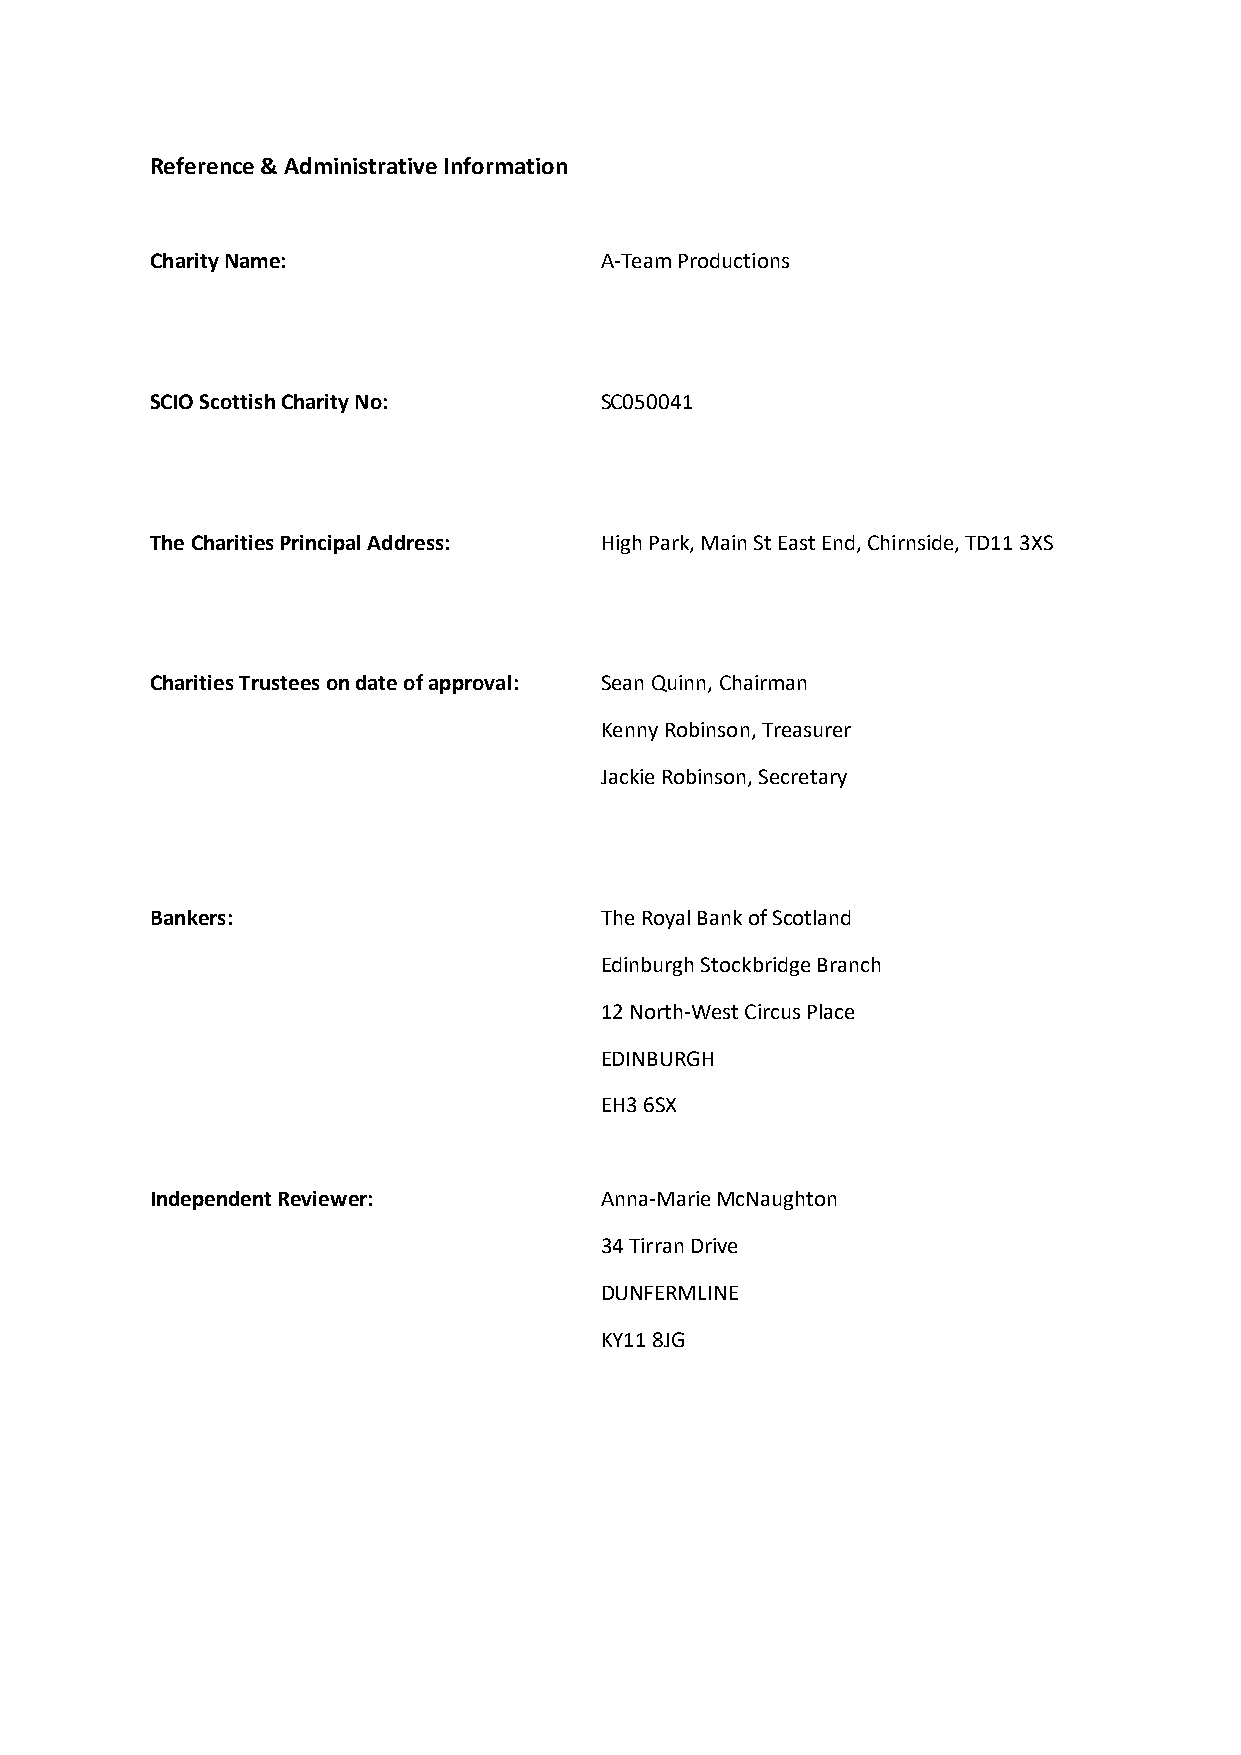
Reference & Administrative Information
 Charity Name:                 A-Team Productions
 SCIO Scottish Charity No:     SC050041
 The Charities Principal Address: High Park, Main St East End, Chirnside, TD11 3XS
 Charities Trustees on date of approval: Sean Quinn, Chairman
 Kenny Robinson, Treasurer
 Jackie Robinson, Secretary
 Bankers:                      The Royal Bank of Scotland
 Edinburgh Stockbridge Branch
 12 North-West Circus Place
 EDINBURGH
 EH3 6SX
 Independent Reviewer:         Anna-Marie McNaughton
 34 Tirran Drive
 DUNFERMLINE
 KY11 8JG